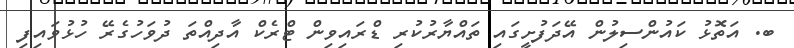
ބ. އަތޮޅު ކައުންސިލުން އޭދަފުށީގައި ތައްޔާރުކުރި ޑްރައިވިން ޓްރެކް އާދިއްތަ ދުވަހުގެރޭ ހުޅުވައިފި